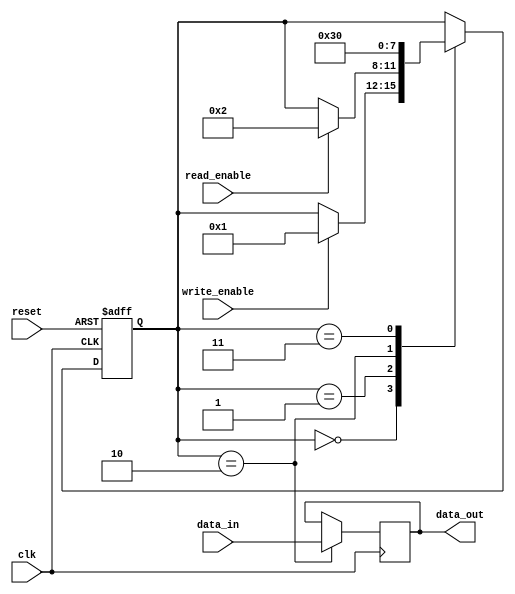
module fifo_timing_control (
    input wire clk,
    input wire reset,
    input wire read_enable,
    input wire write_enable,
    input wire data_in,
    output reg data_out
);

reg [3:0] state;

always @(posedge clk or posedge reset) begin
    if (reset) begin
        state <= 4'b0000;
    end else begin
        case (state)
            4'b0000: begin
                if (write_enable) begin
                    state <= 4'b0001;
                end
            end
            4'b0001: begin
                if (read_enable) begin
                    state <= 4'b0010;
                end
            end
            4'b0010: begin
                state <= 4'b0011;
            end
            4'b0011: begin
                state <= 4'b0000;
            end
        endcase
    end
end

always @(posedge clk) begin
    case (state)
        4'b0010: begin
            data_out <= data_in;
        end
    endcase
end

endmodule